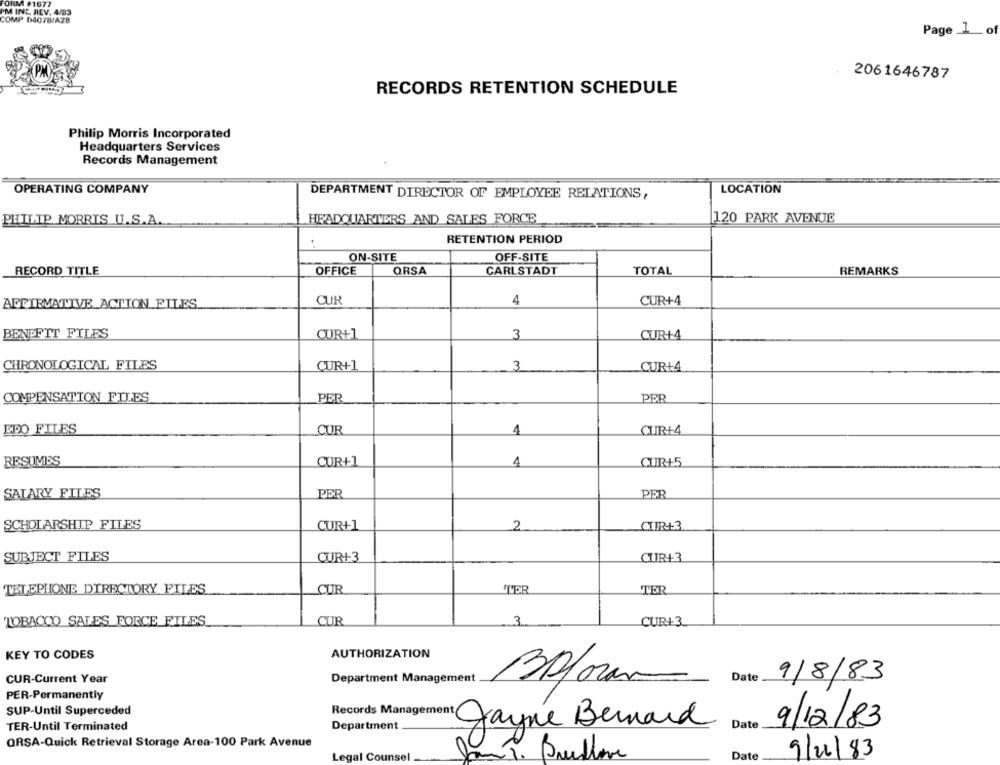
FORM #1677
PM INC, REV. 4/03
COMP D4078/AZ8
Page _1_of
2061646787
RECORDS RETENTION SCHEDULE
Philip Morris Incorporated
Headquarters Services
Records Management
OPERATING COMPANY
LOCATION
DEPARTMENT DIRECTOR OF EMPLOYEE RELATIONS,
PHILIP MORRIS U.S.A.
HEADQUARTERS AND SALES FORCE
120 PARK AVENUE
RETENTION PERIOD
ON-SITE
OFF-SITE
RECORD TITLE
OFFICE
QRSA
CARLSTADT
TOTAL
REMARKS
AFFIRMATIVE ACTION_FILES
CUR
4
CUR+4
BENEFIT FILES
CUR+
3
CUR+4
CHRONOLOGICAL FILES
CUR+1
3
CUR+4
COMPENSATION FILES
PER
PER
EPO FILES
CUR
4
CUIR+4
RESUMES
CUR+1
4
CUR+5
SALARY FILES
PER
PER
SCHOLARSHIP FILES
CUR+1
2
CUIR+-3
SUBJECT FILES
CUR+3
CUIR+3
TELEPHONE DIRECTORY FILES
CUR
TER
TER
3
TOBACCO SALES FORCE FILES
CUR
CUR+3
KEY TO CODES
AUTHORIZATION
CUR-Current Year
Department Management
30/oran
Date
9/8/83
PER-Permanently
SUP-Until Superceded
TER-Until Terminated
Department
Jayne Bernard
Date
9/12/83
ORSA-Quick Retrieval Storage Area-100 Park Avenue
Legal Counsel
Breedlove
Date
9/22/83